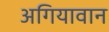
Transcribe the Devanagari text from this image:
अगियावान